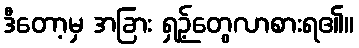
ဒီတော့မှ အခြား ရှဉ့်တွေလာစားရ၏။